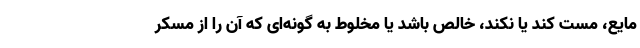
مایع، مست کند یا نکند، خالص باشد یا مخلوط به گونه‌ای که آن را از مسکر